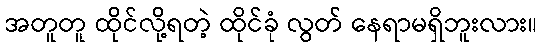
အတူတူ ထိုင်လို့ရတဲ့ ထိုင်ခုံ လွတ် နေရာမရှိဘူးလား။